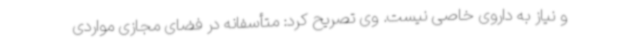
و نیاز به داروی خاصی نیست. وی تصریح کرد: متأسفانه در فضای مجازی مواردی